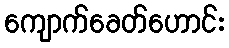
ကျောက်ခေတ်ဟောင်း